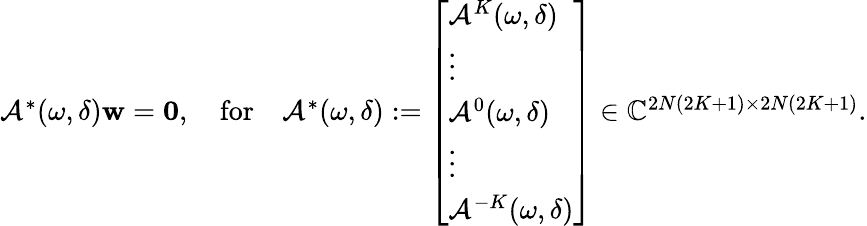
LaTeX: \begin{array}{r}{\mathcal{A}^{*}(\omega,\delta)\mathbf{w}=\mathbf{0},\quad\mathrm{for}\quad\mathcal{A}^{*}(\omega,\delta):=\left[\begin{array}{l}{\mathcal{A}^{K}(\omega,\delta)}\\ {\vdots}\\ {\mathcal{A}^{0}(\omega,\delta)}\\ {\vdots}\\ {\mathcal{A}^{-K}(\omega,\delta)}\end{array}\right]\in\mathbb{C}^{2N(2K+1)\times 2N(2K+1)}.}\end{array}